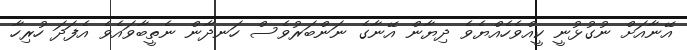
އޭނާއަށް ނުގުޅުނީ ކީއްވެހެއްޔެވެ ދިޔާން އޭނާގެ ނަންބަރުވެސް ހަނދާން ނެތީބާވައެވެ އެފަދަ ހުރިހާ